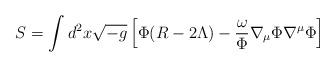
LaTeX: \begin{align*}S=\int d^{2}x \sqrt{-g} \left[\Phi(R-2\Lambda) -\frac{\omega}{\Phi} \nabla_{\mu}\Phi\nabla^{\mu}\Phi\right]\end{align*}